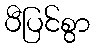
ပီပြင်စွာ